Scottish Leaving Certificate Examination, 1959
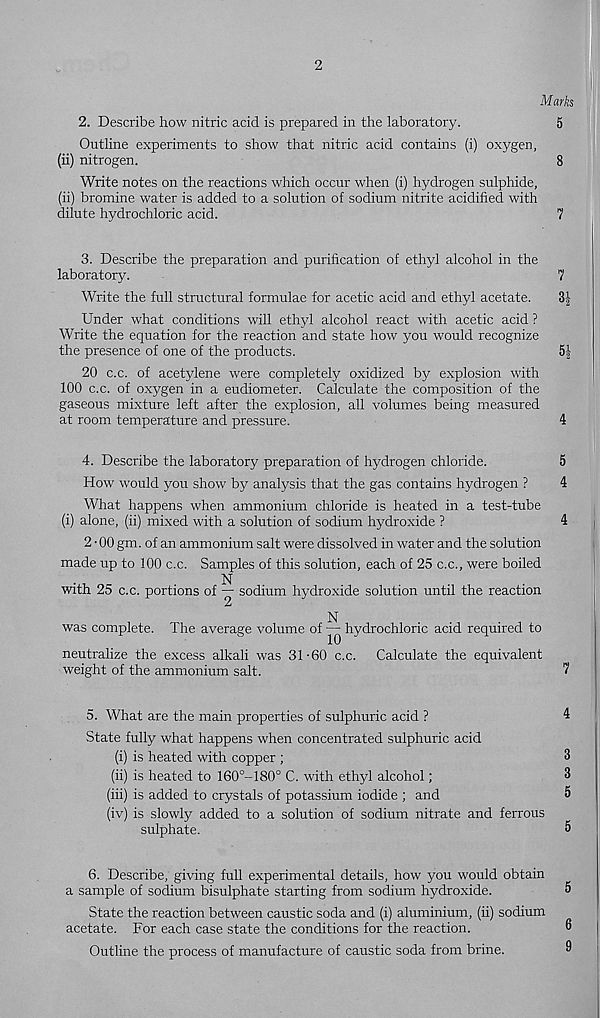
2
Marks
2. Describe how nitric acid is prepared in the laboratory.
5
Outline experiments to show that nitric acid contains (i) oxygen,
(ii) nitrogen.
8
Write notes on the reactions which occur when (i) hydrogen sulphide,
(ii) bromine water is added to a solution of sodium nitrite acidified with
dilute hydrochloric acid.
7
3. Describe the preparation and purification of ethyl alcohol in the
laboratory.
7
Write the full structural formulae for acetic acid and ethyl acetate.
3-|
Under what conditions will ethyl alcohol react with acetic acid ?
Write the equation for the reaction and state how you would recognize
the presence of one of the products.
5|
20 c.c. of acetylene were completely oxidized by explosion with
100 c.c. of oxygen in a eudiometer. Calculate the composition of the
gaseous mixture left after the explosion, all volumes being measured
at room temperature and pressure.
4
4. Describe the laboratory preparation of hydrogen chloride.
How would you show by analysis that the gas contains hydrogen ?
What happens when ammonium chloride is heated in a test-tube
(i) alone, (ii) mixed with a solution of sodium hydroxide ?
2-00 gm. of an ammonium salt were dissolved in water and the solution
made up to 100 c.c. Samples of this solution, each of 25 c.c., were boiled
N
with 25 c.c. portions of — sodium hydroxide solution until the reaction
2
was complete. The average volume of — hydrochloric acid required to
neutralize the excess alkali was 31-60 c.c. Calculate the equivalent
weight of the ammonium salt.
5
4
4
7
5. What are the main properties of sulphuric acid ?
4
State fully what happens when concentrated sulphuric acid
(i) is heated with copper ;
3
(ii) is heated to 160 o -180° C. with ethyl alcohol;
3
(iii) is added to crystals of potassium iodide ; and
5
(iv) is slowly added to a solution of sodium nitrate and ferrous
sulphate.
5
6. Describe, giving full experimental details, how you would obtain
a sample of sodium bisulphate starting from sodium hydroxide.
State the reaction between caustic soda and (i) aluminium, (ii) sodium
acetate. For each case state the conditions for the reaction.
Outline the process of manufacture of caustic soda from brine.